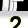
Digit: 2